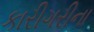
કારીગરીના